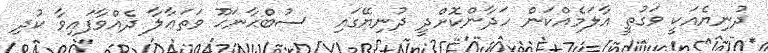
ދުނިޔެއަކީ ވަގުތީ އާލަމެއްކަން ހަދާންކޮށްދީ ދުނިޔޭގައި  ސުބްޙާނަޙޫ ވަތަޢާލާ ދެއްވާފައިވާ ކުދި